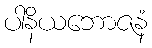
ပါနိယဘောဇနံ